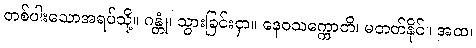
တစ်ပါးသောအရပ်သို့။ ဂန္တုံ၊ သွားခြင်းငှာ။ နေဝသက္ကောတိ၊ မတတ်နိုင်။ အထ၊